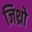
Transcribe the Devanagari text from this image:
जिथ्रो